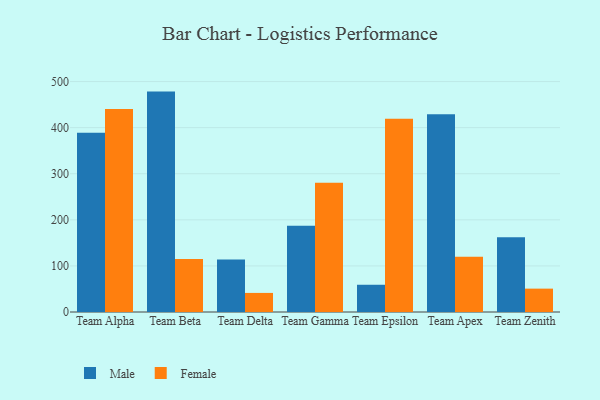
{"axis": {"x": "Team", "y": "Website Visitors"}, "legend": ["Female", "Male"], "data": [{"x": "Team Alpha", "y": 388.7, "type": "Male"}, {"x": "Team Alpha", "y": 440.6, "type": "Female"}, {"x": "Team Beta", "y": 478.2, "type": "Male"}, {"x": "Team Beta", "y": 114.9, "type": "Female"}, {"x": "Team Delta", "y": 114.0, "type": "Male"}, {"x": "Team Delta", "y": 41.4, "type": "Female"}, {"x": "Team Gamma", "y": 187.3, "type": "Male"}, {"x": "Team Gamma", "y": 280.6, "type": "Female"}, {"x": "Team Epsilon", "y": 59.1, "type": "Male"}, {"x": "Team Epsilon", "y": 419.3, "type": "Female"}, {"x": "Team Apex", "y": 429.0, "type": "Male"}, {"x": "Team Apex", "y": 119.9, "type": "Female"}, {"x": "Team Zenith", "y": 162.0, "type": "Male"}, {"x": "Team Zenith", "y": 50.7, "type": "Female"}]}